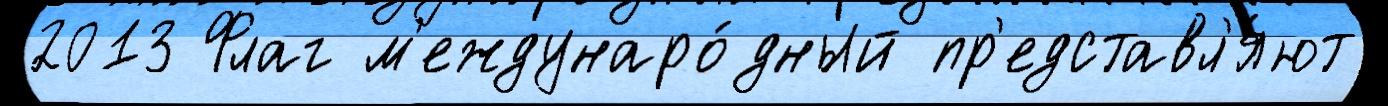
2013 Флаг м'еждунаро́дный пр'едставл'я́ют